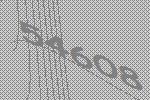
54608